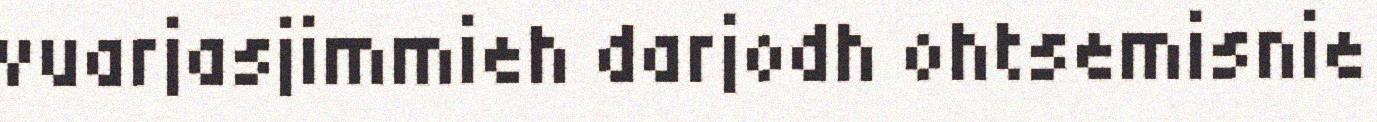
vuarjasjimmieh darjodh ohtsemisnie